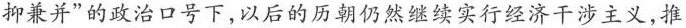
抑兼并”的政治口号下,以后的历朝仍然继续实行经济干涉主义,推